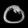
Digit: ၀